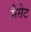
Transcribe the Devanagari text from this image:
मैसेट